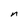
Character: n